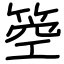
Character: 箜